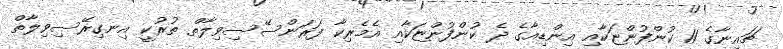
ޗައިނާގެ 11 ކުންފުންޏަކާއި އިންޑިއާގެ ދެ ކުންފުންޏަކާއި އެމެރިކާ ފަރަންސޭސިވިލާތް ތުރުކީ އިނގިރޭސިވިލާތް